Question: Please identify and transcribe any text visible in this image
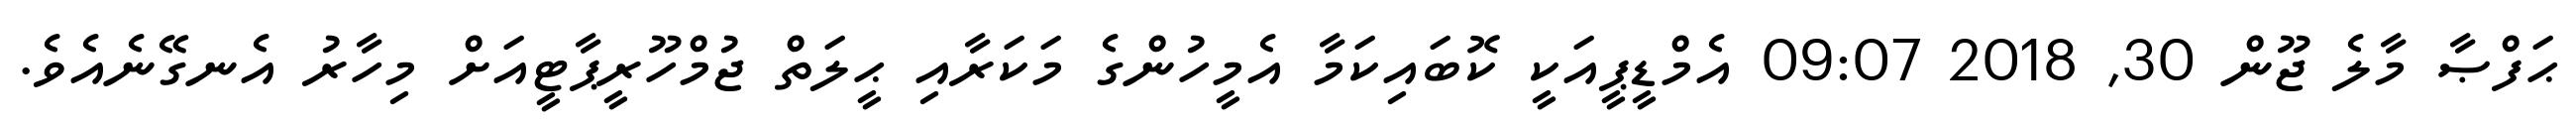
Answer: ޙަފްޞާ މާލެ ޖޫން 30, 2018 09:07 އެމްޑީޕީއަކީ ކޮބައިކަމާ އެމީހުންގެ މަކަރާއި ޙީލަތް ޖުމްހޫރީޕާޓީއަށް މިހާރު އެނގޭނެއެވެ.